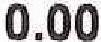
0.00